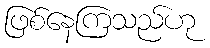
ဖြစ်နေကြသည်ဟု